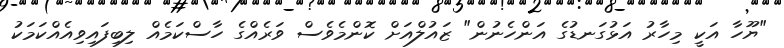
"ޔޫހާ އަކީ މިހާރު އަޅުގަނޑުގެ އަންހެނުން" ޒައުލްއަށް ކޮންމެވެސް ވަރެއްގެ ހާސްކަމެއް ލިބިފައިވިއެއްކަމަކު